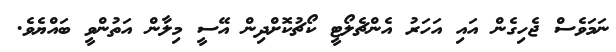
ނަމަވެސް ޖެހިގެން އައި އަހަރު އެންޗެލޯޓީ ކޯޗުކޮށްދިން އޭސީ މިލާން އަތުންވީ ބައްޔެވެ.